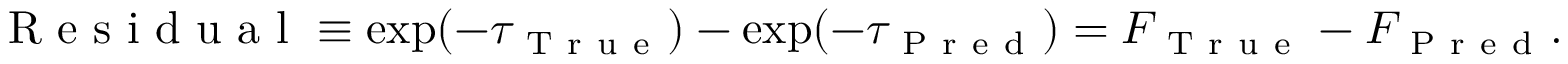
\mathrm { ~ R ~ e ~ s ~ i ~ d ~ u ~ a ~ l ~ } \equiv \exp ( - \tau _ { \mathrm { ~ T ~ r ~ u ~ e ~ } } ) - \exp ( - \tau _ { \mathrm { ~ P ~ r ~ e ~ d ~ } } ) = F _ { \mathrm { ~ T ~ r ~ u ~ e ~ } } - F _ { \mathrm { ~ P ~ r ~ e ~ d ~ } } .